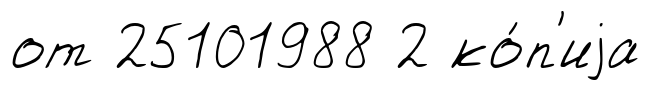
от 25101988 2 ко́п'иjа